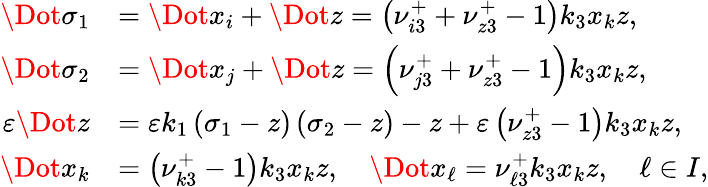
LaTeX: \begin{array}{rl}{\Dot{\sigma_{1}}}&{=\Dot{x_{i}}+\Dot{z}=\left(\nu_{i3}^{+}+\nu_{z3}^{+}-1\right)k_{3}x_{k}z,}\\ {\Dot{\sigma_{2}}}&{=\Dot{x_{j}}+\Dot{z}=\left(\nu_{j3}^{+}+\nu_{z3}^{+}-1\right)k_{3}x_{k}z,}\\ {\varepsilon\Dot{z}}&{=\varepsilon k_{1}\left(\sigma_{1}-z\right)\left(\sigma_{2}-z\right)-z+\varepsilon\left(\nu_{z3}^{+}-1\right)k_{3}x_{k}z,}\\ {\Dot{x_{k}}}&{=\left(\nu_{k3}^{+}-1\right)k_{3}x_{k}z,\quad\Dot{x_{\ell}}=\nu_{\ell 3}^{+}k_{3}x_{k}z,\quad\ell\in I,}\end{array}